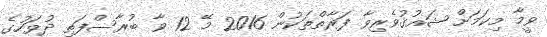
ވީމާ މިކަމަށް ޝައުޤުވެރިވާ ފަރާތްތަކުން 2016 މޭ 12 ވާ ބުރާސްފަތި ދުވަހުގެ